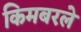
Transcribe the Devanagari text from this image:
किमबरले